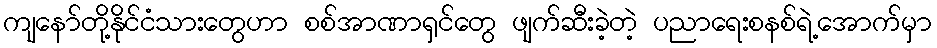
ကျနော်တို့နိုင်ငံသားတွေဟာ စစ်အာဏာရှင်တွေ ဖျက်ဆီးခဲ့တဲ့ ပညာရေးစနစ်ရဲ့အောက်မှာ